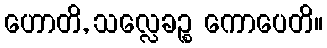
ဟောတိ, သလ္လေခဉ္စ ကောပေတိ။